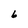
Character: 6